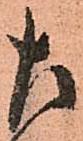
左